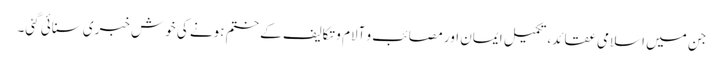
جن میں اسلامی عقائد، تکمیل ایمان اور مصائب و آلام و تکالیف کے ختم ہونے کی خوش خبری سنائی گئی۔